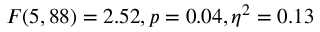
F ( 5 , 8 8 ) = 2 . 5 2 , p = 0 . 0 4 , \eta ^ { 2 } = 0 . 1 3